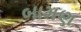
બામણ